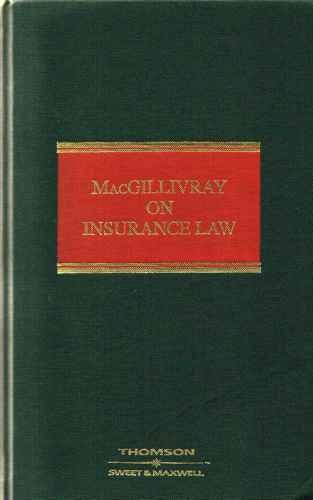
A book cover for Macgillivray on Insurance Law: Relating to All Risks Other Than Marine; Nicholas Legh-Jones; Law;